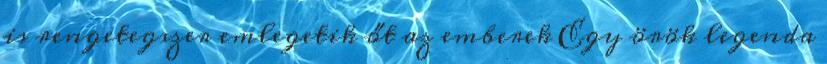
is rengetegszer emlegetik őt az emberek Egy örök legenda